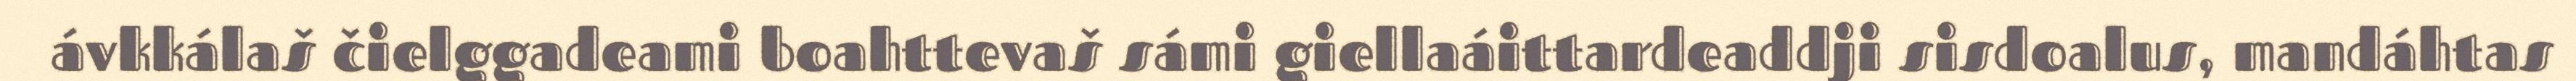
ávkkálaš čielggadeami boahttevaš sámi giellaáittardeaddji sisdoalus, mandáhtas